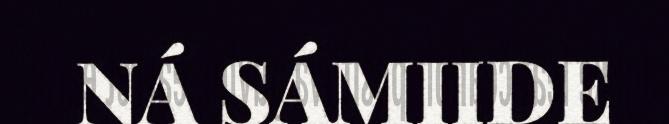
NÁ SÁMIIDE